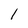
Character: 1